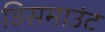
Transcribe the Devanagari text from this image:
डिसमाउंट